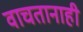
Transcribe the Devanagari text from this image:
वाचतानाही